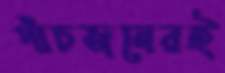
পাঁচজনেরই